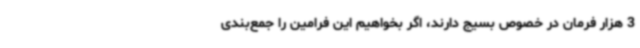
3 هزار فرمان در خصوص بسیج دارند، اگر بخواهیم این فرامین را جمع‌بندی